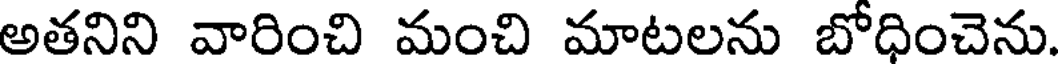
అతనిని వారించి మంచి మాటలను బోధించెను